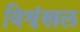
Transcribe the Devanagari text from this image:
विशृंखल